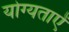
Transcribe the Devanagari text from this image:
योग्यताऐं